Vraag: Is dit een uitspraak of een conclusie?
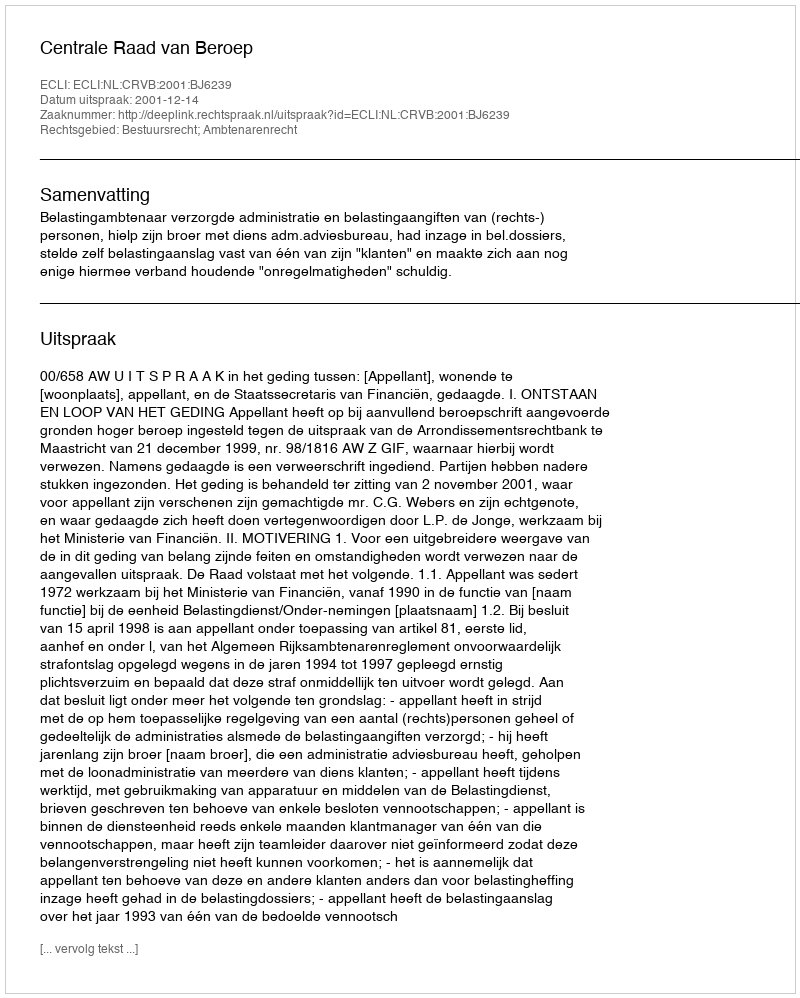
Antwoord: Uitspraak